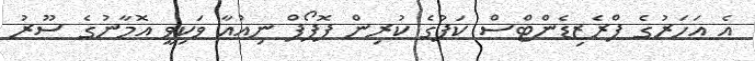
އެ އަހަރުގެ ޕްރެޒިޑެންޓްސް ކަޕުގެ ކުރިން ޕޮޕޯފް ނިއުއާ ވަކިވީ އޮމާނުގެ ސޫރު